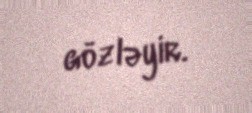
gözləyir.